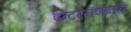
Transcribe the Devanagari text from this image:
इन्टरनॅशनल